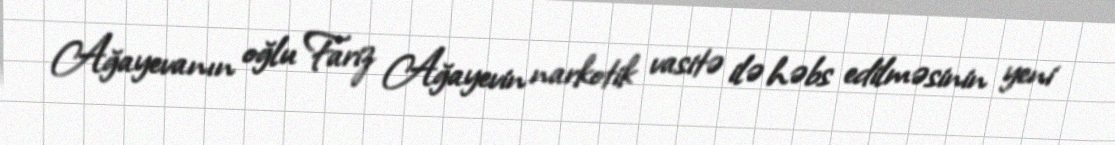
Ağayevanın oğlu Fariz Ağayevin narkotik vasitə ilə həbs edilməsinin yeni